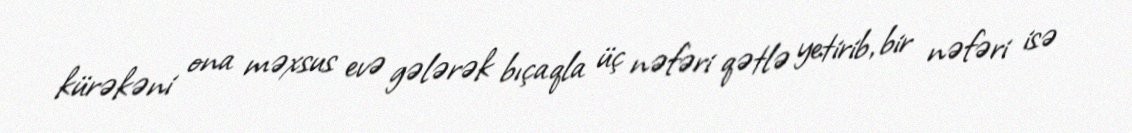
kürəkəni ona məxsus evə gələrək bıçaqla üç nəfəri qətlə yetirib, bir nəfəri isə